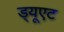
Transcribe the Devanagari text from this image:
ड्यूएट